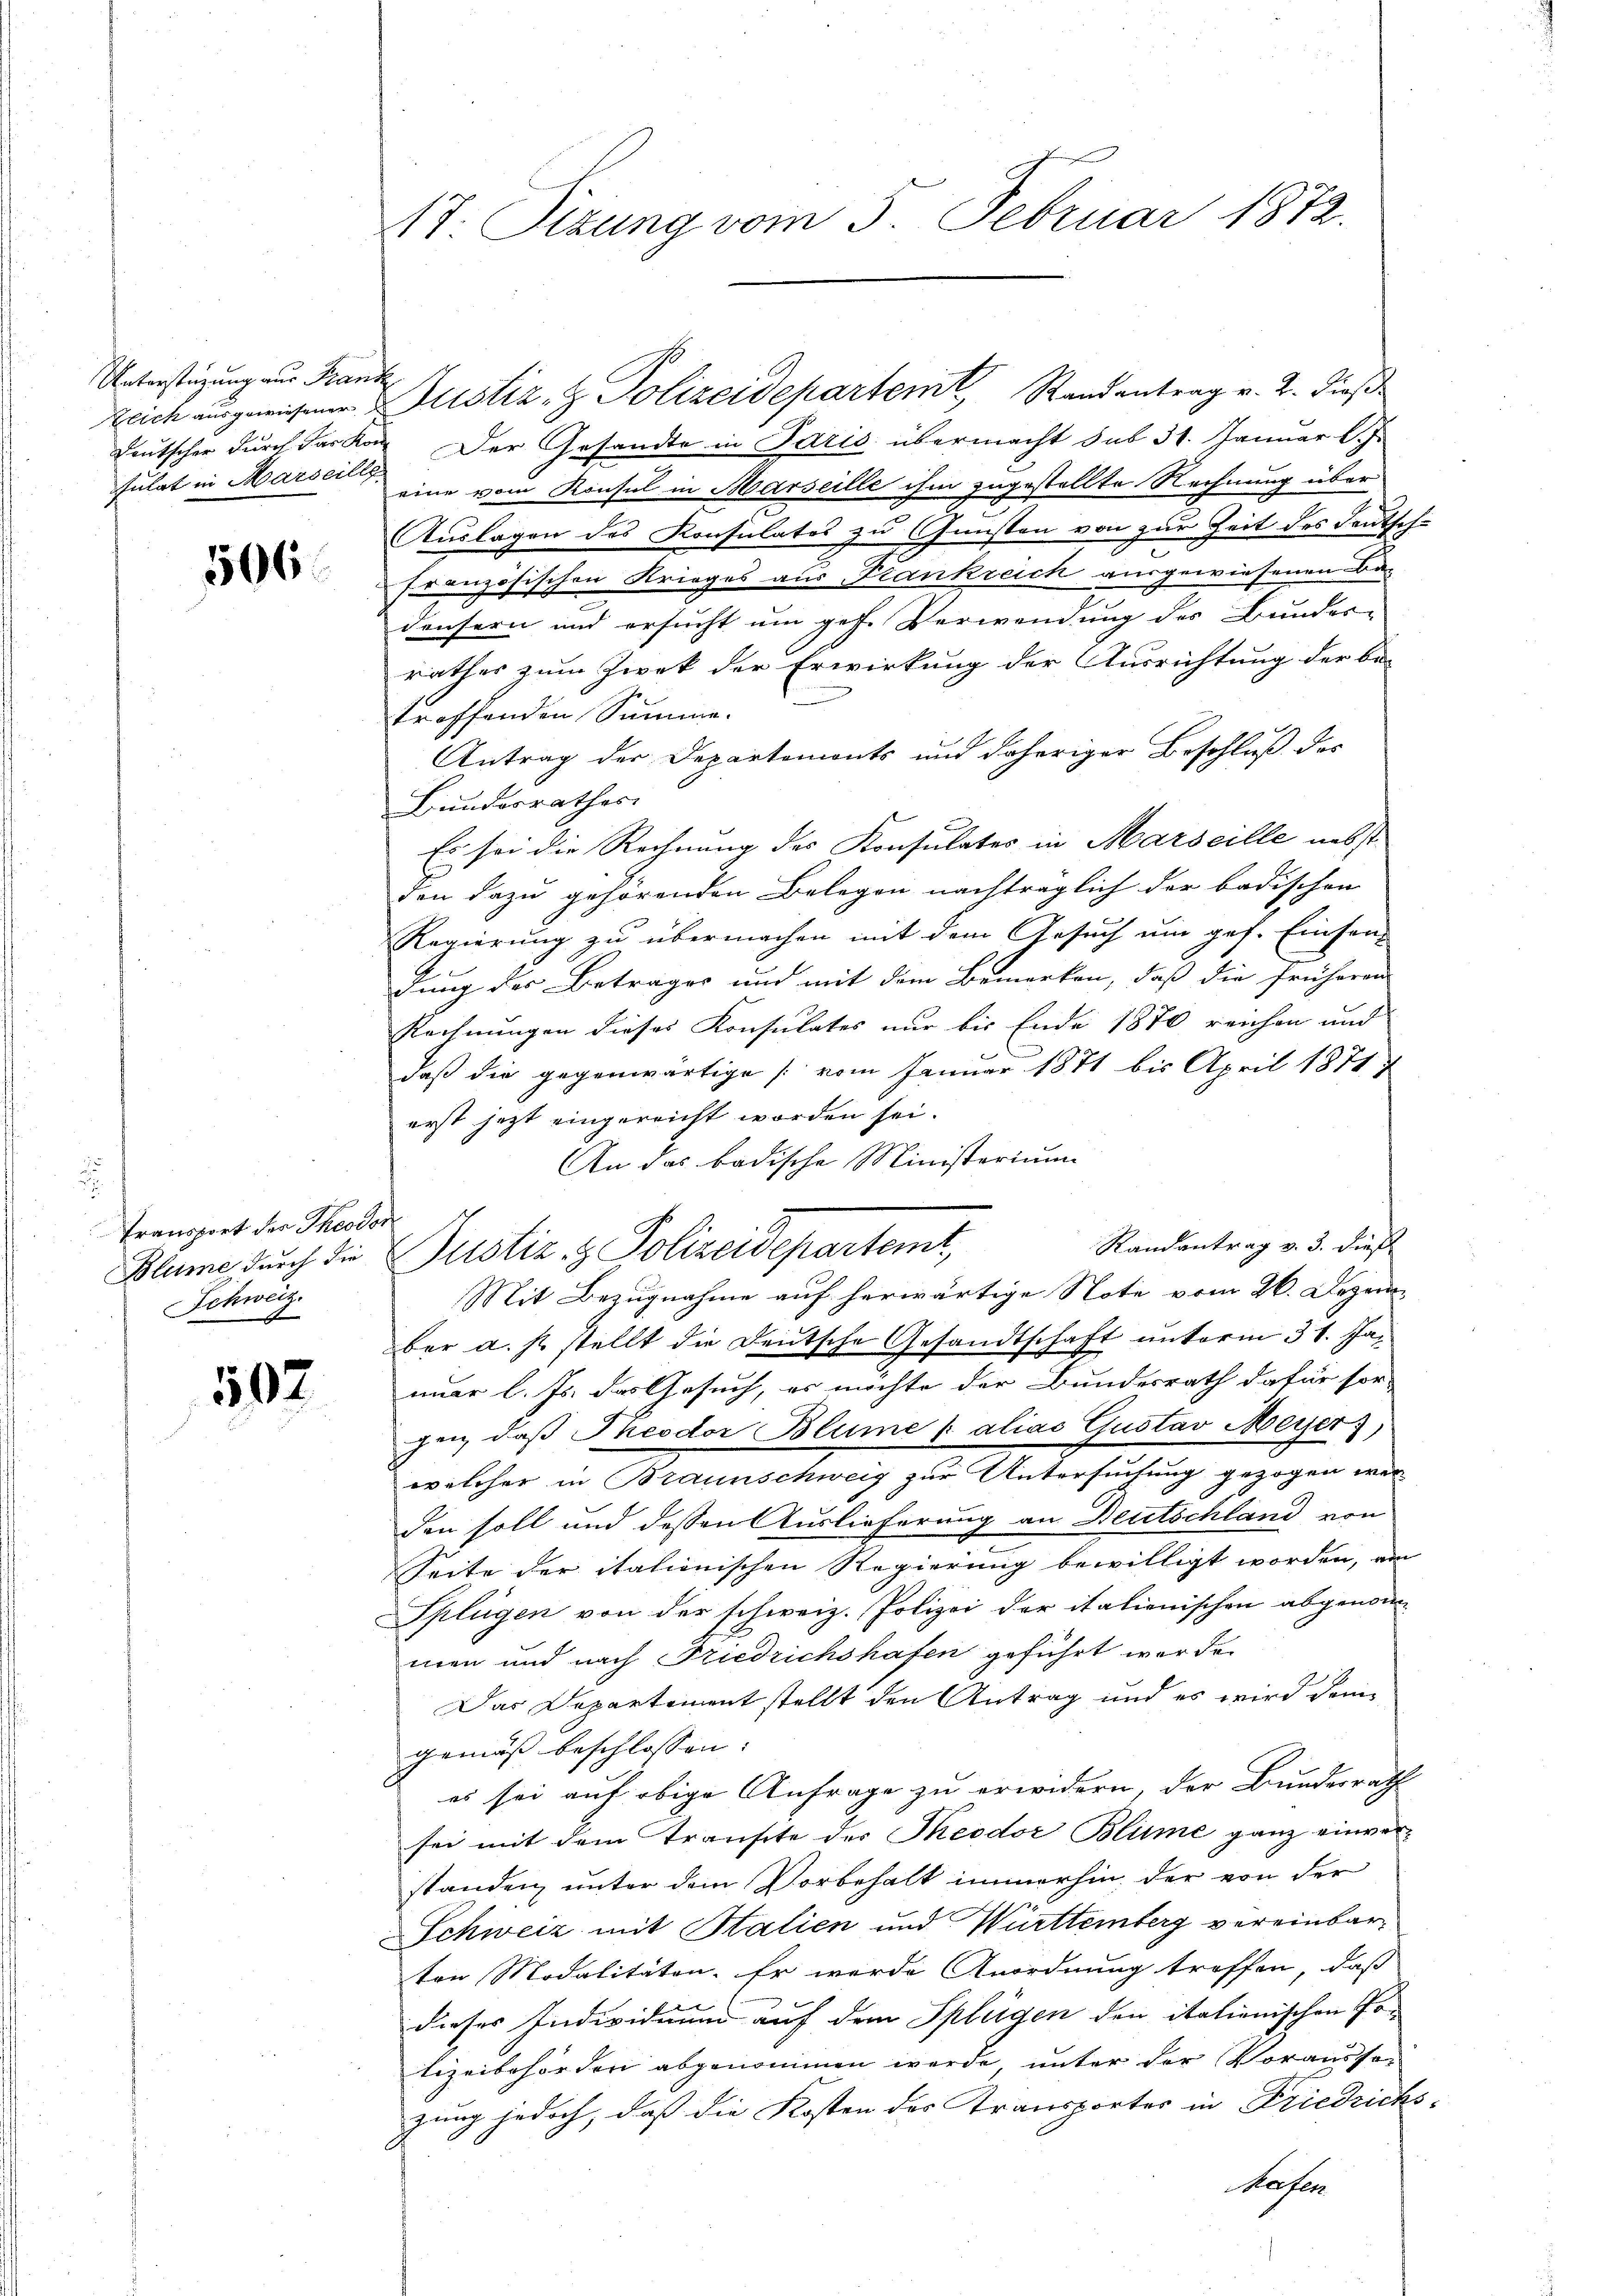
Unterstüzung aus Frank
sulat in Marseille

506

Transport der Theodor
Schweiz.
e

502

17. Sizung vom 5. Februar 1872.

Zeich ausgewiesene Zustiz- & Polizeidepartem Randantrag v. 2. dieß
Deutscher durch das kann. Der Gesandte in Paris übermacht sub 31. Januar l. J.
7
eine vom Konsul in Marseille ihm zugestellte Rechnung über
Auslagen des Konsulates zu Gunsten von zur Zeit des Deutsch-
französischen Krieges aus Frankreich ausgewiesenen Ba-
densern und ersucht um geh. Verwendung des Bundes-
rathes zum Zwek der Erwirkung der Ausrichtung der be-
troffenden Summe.
Antrag der Departemonts und daheriger Beschluß des
Bundesrathes.
Es sei die Rechnung des Konsulates in Marseille nebst
den dazu gehörenden Belegen nachträglich der badischen
Regierung zu übermachen mit dem Gesuch um gef. Einsen-
dung des Betrages und mit dem Bemerken, daß die früheren
Rechnungen dieses Konsulates nur bis Ende 1870 reichen und
daß die gegenwärtige [vom Januar 1871 bis April 1871
erst jetzt eingereicht worden sei.
An das badische Ministerium
Randentrag v. 3. dieß
Blume durch die Zustiz & Polizeidepartemt,
Mit Bezugnahme auf herwärtige Note vom 26. Dezember a. s. stellt die Deutsche Gesandtschaft unterm 31. Januar l. Js. das Gesuch, es möchte der Bundesrath dafür sor-
gen, daß Theodor Blume p alias Gustav Meyer;
welcher in Braunschweig zur Untersuchung gezogen wer
den soll und dessen Auslieferung an Deutschland von
Seite der itationischen Regierung bewilligt worden, an
Splügen von der schweiz. Polizei der italienischen abgenom
men und nach Friedrichshafen geführt worden
Das Departement stellt den Antrag und es wird denn
gemäß beschlossen: |
es sei auf obige Anfrage zu erwidern, der Bundesrath
sei mit dem Transte des Theodor Blume ganz einverstanden unter dem Vorbehalt immerhin der von der
Schweiz mit Halien und Württemberg vereinbarton Modalitäten. Er wurde Anordnung treffen, daß
dieses Individuum auf dem Splügen den italienischen Polizeibehörden abgenommen werde unter der Vorausse-
zung jedoch, daß die Kosten der Transportes in Friedrichs¬
Hafen